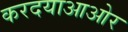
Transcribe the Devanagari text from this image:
करदयाआओर